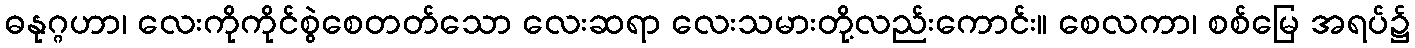
ဓနုဂ္ဂဟာ၊ လေးကိုကိုင်စွဲစေတတ်သော လေးဆရာ လေးသမားတို့လည်းကောင်း။ စေလကာ၊ စစ်မြေ အရပ်၌